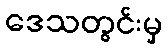
ဒေသတွင်းမှ